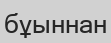
бұыннан